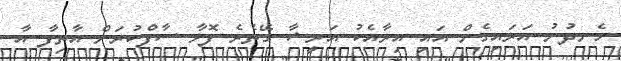
ހެނދުނު އަރައިގެން އައި އިރާއެކު އަރީޝާ ގޭތެރެ ފޮޅާ ސާފްކުރަން އާތިފާ އާ